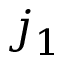
j _ { 1 }